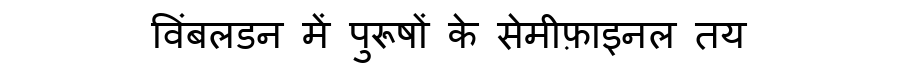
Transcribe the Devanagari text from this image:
विंबलडन में पुरूषों के सेमीफ़ाइनल तय